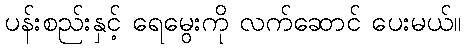
ပန်းစည်းနှင့် ရေမွေးကို လက်ဆောင် ပေးမယ်။